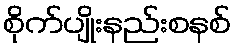
စိုက်ပျိုးနည်းစနစ်